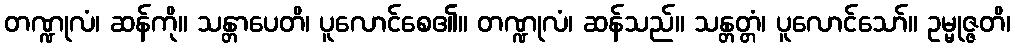
တဏ္ဍုလံ၊ ဆန်ကို။ သန္တာပေတိ၊ ပူလောင်စေ၏။ တဏ္ဍုလံ၊ ဆန်သည်။ သန္တတ္တံ၊ ပူလောင်သော်။ ဥမ္မုဇ္ဇတိ၊